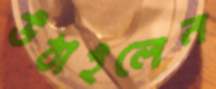
উঠাইলেন